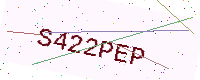
Text: S422PEP